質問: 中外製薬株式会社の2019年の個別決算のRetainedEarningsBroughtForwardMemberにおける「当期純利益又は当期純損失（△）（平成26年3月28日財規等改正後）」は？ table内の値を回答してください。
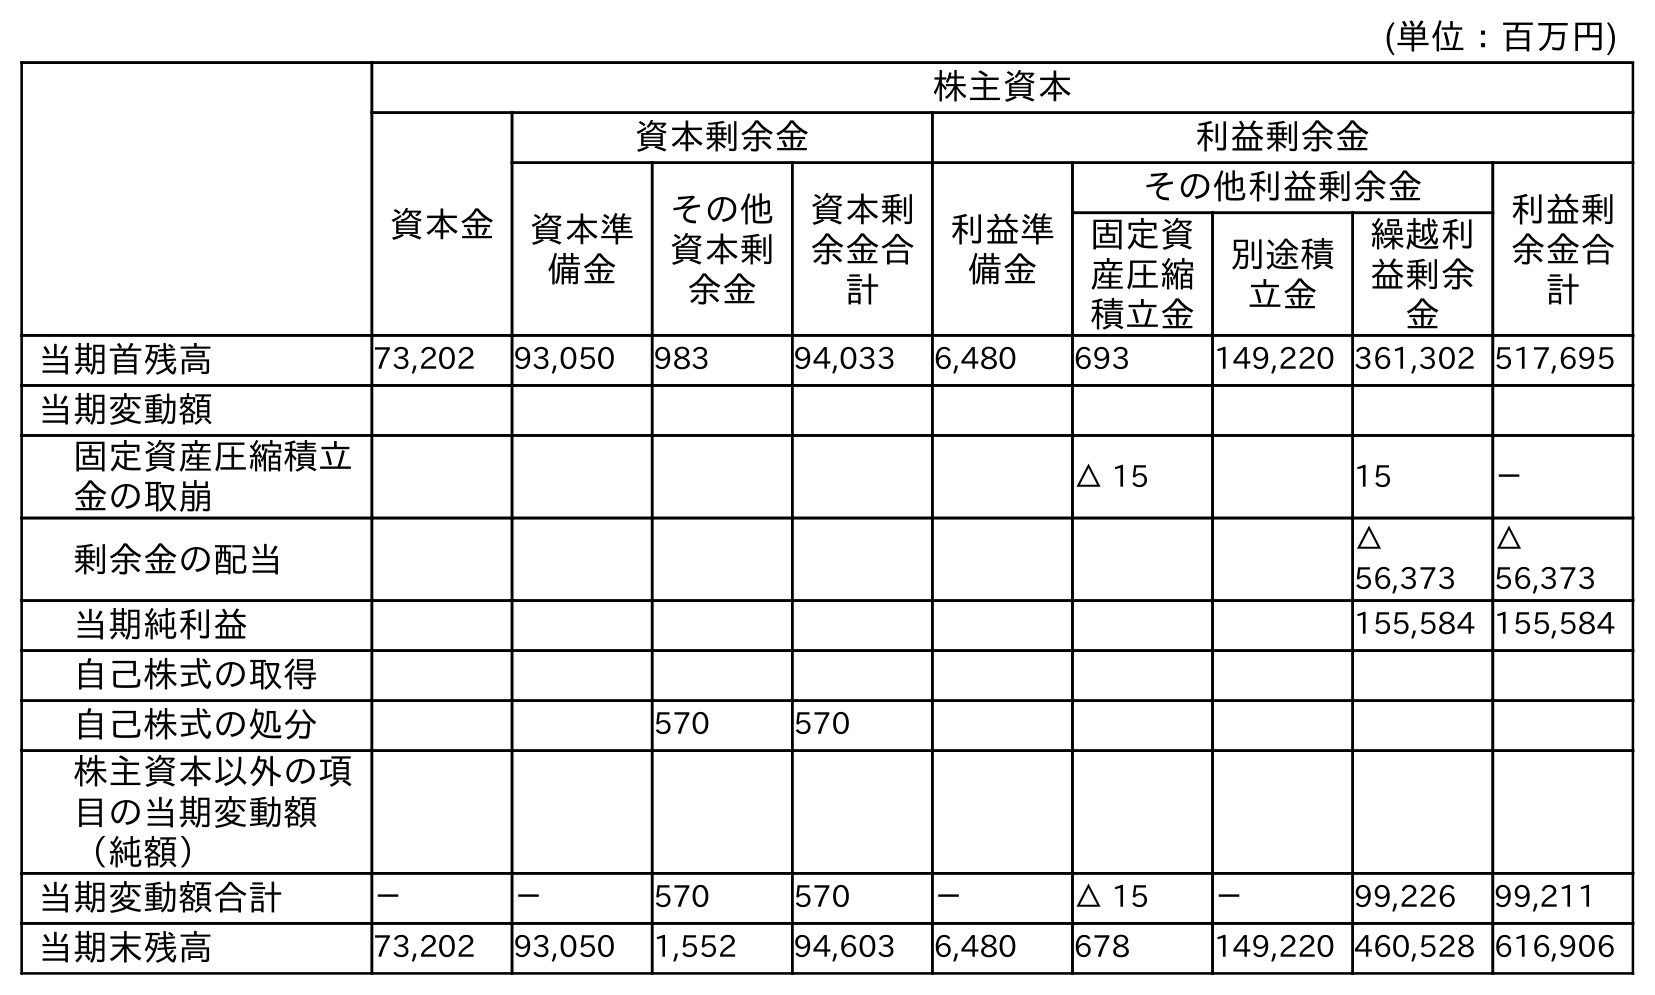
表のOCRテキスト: (単位：百万円) 株主資本 資本金 資本剰余金 利益剰余金 資本準 備金 その他 資本剰 余金 資本剰 余金合 計 利益準 備金 その他利益剰余金 利益剰 余金合 計 固定資 産圧縮 積立金 別途積 立金 繰越利 益剰余 金 当期首残高 73,202 93,050 983 94,033 6,480 693 149,220 361,302 517,695 当期変動額 固定資産圧縮積立 金の取崩 △ 15 15 － 剰余金の配当 △ 56,373 △ 56,373 当期純利益 155,584 155,584 自己株式の取得 自己株式の処分 570 570 株主資本以外の項 目の当期変動額 （純額） 当期変動額合計 － － 570 570 － △ 15 － 99,226 99,211 当期末残高 73,202 93,050 1,552 94,603 6,480 678 149,220 460,528 616,906
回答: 155,584